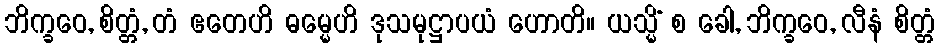
ဘိက္ခဝေ, စိတ္တံ, တံ ဧတေဟိ ဓမ္မေဟိ ဒုသမုဋ္ဌာပယံ ဟောတိ။ ယသ္မိံ စ ခေါ, ဘိက္ခဝေ, လီနံ စိတ္တံ